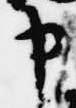
申